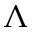
\Lambda